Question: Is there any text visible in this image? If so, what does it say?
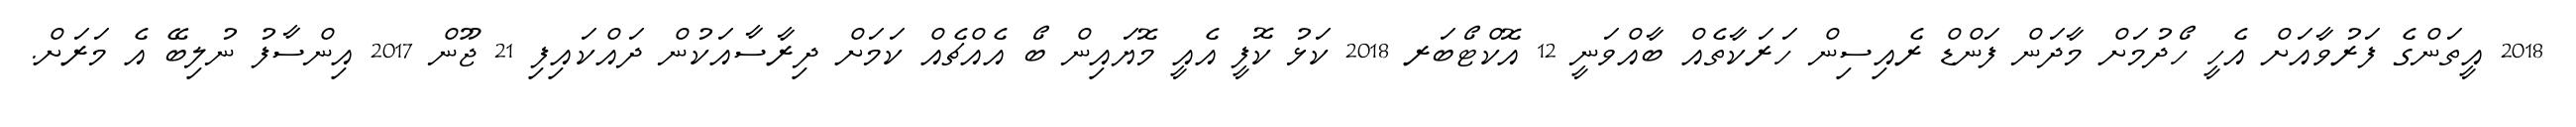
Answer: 2018 އީތަންގެ ފަރުވާއަށް އެހީ ހޯދުމަށް މާދަން ފަންޑް ރެއިސިން ހަރަކާތެއް ބާއްވަނީ 12 އޮކްޓޯބަރ 2018 ކަޅު ކޮފީ އެއީ މޮޔައިން ބޯ އެއްޗެއް ކަމަށް ދިރާސާއަކުން ދައްކައިފި 21 ޖޫން 2017 އިންސާފު ނުލިބޭ އެ މަރަށް.